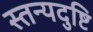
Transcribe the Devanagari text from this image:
स्तन्यदुष्टि